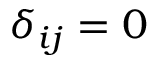
\delta _ { i j } = 0